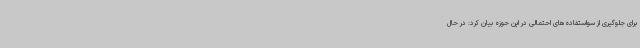
برای جلوگیری از سواستفاده‌های احتمالی در این حوزه بیان کرد: در حال